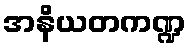
အနိယတကဏ္ဍ